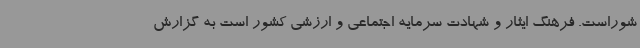
شوراست. فرهنگ ایثار و شهادت سرمایه اجتماعی و ارزشی کشور است به گزارش